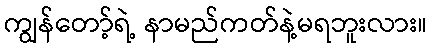
ကျွန်တော့်ရဲ့ နာမည်ကတ်နဲ့မရဘူးလား။